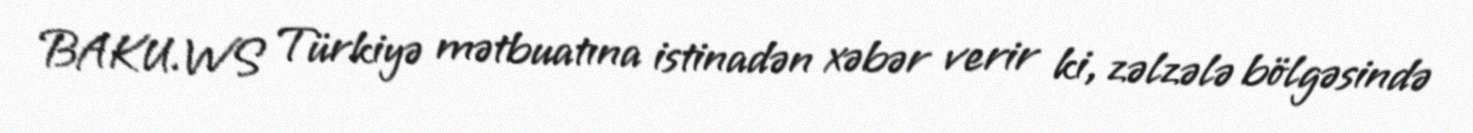
BAKU.WS Türkiyə mətbuatına istinadən xəbər verir ki, zəlzələ bölgəsində